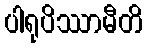
ပါရုပိဿာမီတိ